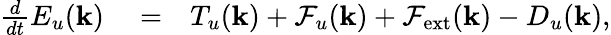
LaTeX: \begin{array}{rlr}{\frac{d}{dt}E_{u}(\mathbf{k})}&{{}=}&{T_{u}({\mathbf k})+\mathcal{F}_{u}({\mathbf k})+\mathcal{F}_{\mathrm{ext}}({\mathbf k})-D_{u}(\mathbf{k}),}\end{array}